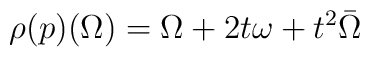
\rho(p)(\Omega)= \Omega+ 2t \omega + t^2 \bar\Omega